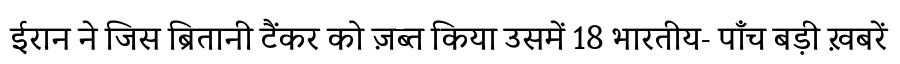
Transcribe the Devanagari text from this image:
ईरान ने जिस ब्रितानी टैंकर को ज़ब्त किया उसमें 18 भारतीय- पाँच बड़ी ख़बरें